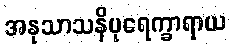
အနုသာသနိပုရေက္ခာရာယ